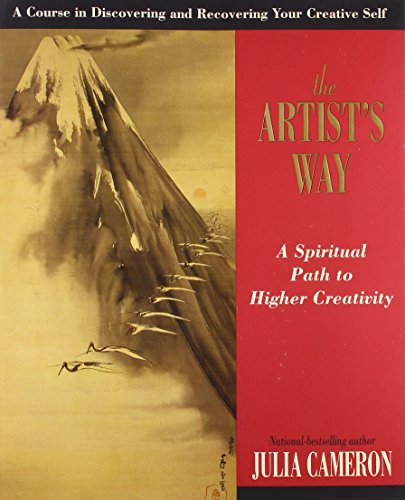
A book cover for The Artist's Way; Julia Cameron; Arts & Photography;